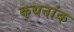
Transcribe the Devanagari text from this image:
कथनांक